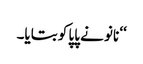
‘‘ نانو نے پاپا کو بتایا۔